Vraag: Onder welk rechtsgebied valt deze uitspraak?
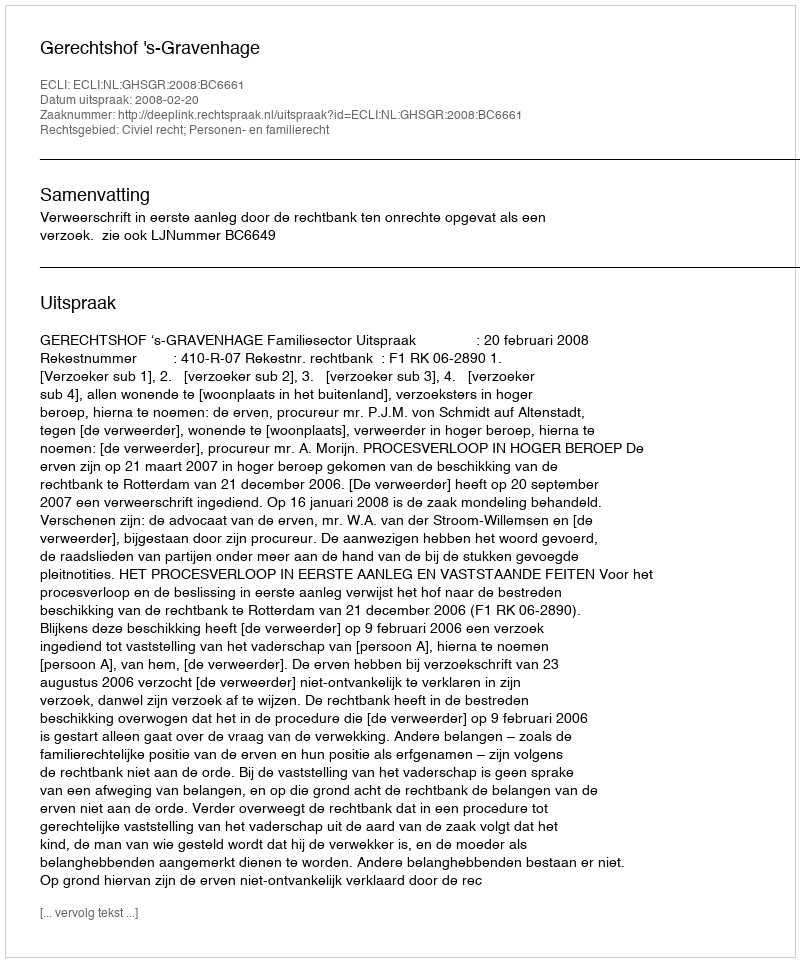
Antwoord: Civiel recht; Personen- en familierecht